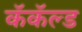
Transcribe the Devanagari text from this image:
कॅकॅल्ड